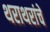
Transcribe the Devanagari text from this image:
थराथरांचे